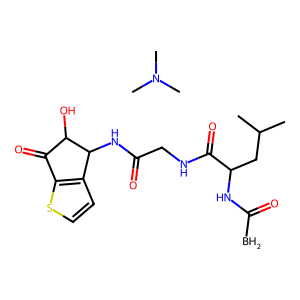
SMILES: BC(=O)NC(CC(C)C)C(=O)NCC(=O)NC1c2ccsc2C(=O)C1O.CN(C)C
Inhibits HIV replication: No